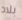
بلاد